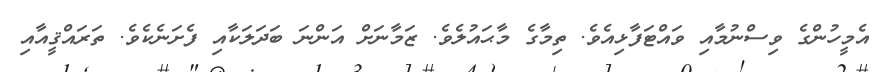
އެމީހުންގެ ވިސްނުމާއި ވައްޓަފާޅިއެވެ. ތިމާގެ މާޙައުލެވެ. ޒަމާނަށް އަންނަ ބަދަލަކާއި ފެށަނެކެވެ. ތަރައްޤީއާއި